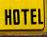
hotel